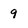
Character: 9